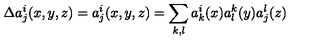
\Delta a _ { j } ^ { i } ( x , y , z ) = a _ { j } ^ { i } ( x , y , z ) = \sum _ { k , l } a _ { k } ^ { i } ( x ) a _ { l } ^ { k } ( y ) a _ { j } ^ { l } ( z )